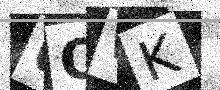
Text: UQWK